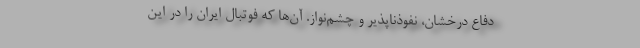
دفاع درخشان، نفوذناپذیر و چشم‌نواز. آن‌ها که فوتبال ایران را در این